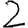
Digit: 2